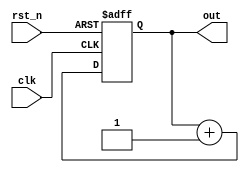
// 1
module cnt_module(
    clk    ,
    rst_n  ,
    //,dout
    out
);

//
parameter      DATA_W =  4;

//
input               clk    ;
input               rst_n  ;

//
output[DATA_W-1:0]  out   ;

//reg
reg   [DATA_W-1:0]  out   ;

//
reg   [DATA_W-1:0]  out_temp;

//
always@(*)begin
    out_temp = out + 1'b1;
end

//
always@(posedge clk or negedge rst_n)begin
if(rst_n==1'b0)begin
    out <= 0;
end
else begin
    out <= out_temp;
end
end

endmodule